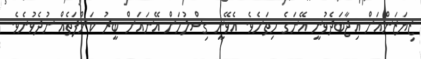
ޒިޔަޒަންއަށް އިޖާބަދެވުނީ އޭނަގެ ހިތަށެވެ. އެވޭނީ ގިސްލުމަށް އޭނައަށް ބީރު ކަންފަތެއް ނުދެވުނެވެ.